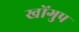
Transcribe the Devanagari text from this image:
खोंगुप